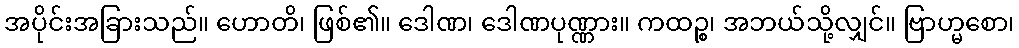
အပိုင်းအခြားသည်။ ဟောတိ၊ ဖြစ်၏။ ဒေါဏ၊ ဒေါဏပုဏ္ဏား။ ကထဉ္စ၊ အဘယ်သို့လျှင်။ ဗြာဟ္မစော၊